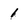
Character: l